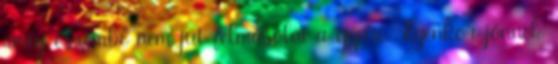
amíg eszembe nem jut felmásolni a gépre. Ilyenkor jönnek